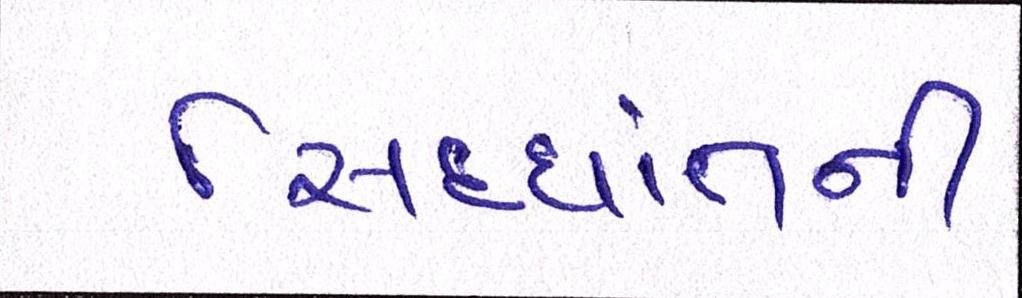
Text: સિદ્ધાંતની